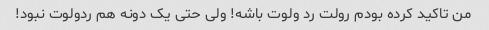
من تاکید کرده بودم رولت رد ولوت باشه! ولی حتی یک دونه هم ردولوت نبود!